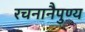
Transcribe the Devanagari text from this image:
रचनानैपुण्य